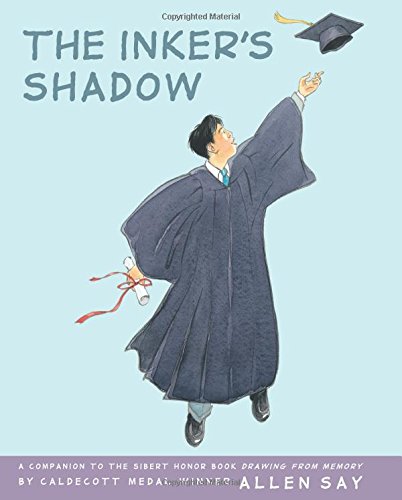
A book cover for The Inker's Shadow; Allen Say; Teen & Young Adult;